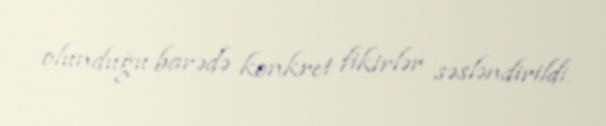
olunduğu barədə konkret fikirlər səsləndirildi.